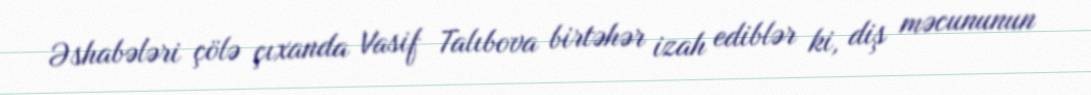
Əshabələri çölə çıxanda Vasif Talıbova birtəhər izah ediblər ki, diş məcununun